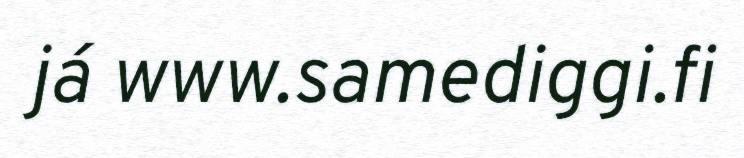
já www.samediggi.fi